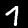
Label: 7